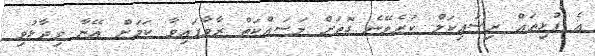
އެ ފުޅިތައް ރިސައިކަލް ކުރެވޭނެ ގޮތަށް މަސައްކަތް ރާވާފައިވާ ކަމަށް އޭނާ ވިދާޅުވި